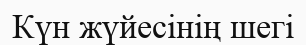
Күн жүйесінің шегі